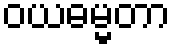
ဝယဓမ္မတာ